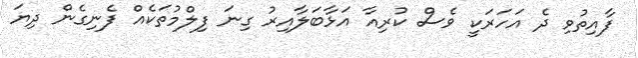
ފާއިތުވި ދެ އަހަރަކީ ވެސް ކުރިއާ އަޅާބަލާއިރު ގިނަ ފިލްމުތަކެއް ފެނިގެން ދިޔަ